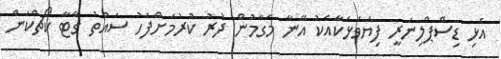
އެޅި ޑިސްޕްލިނަރީ ފިޔަވަޅަކާއެކު އޭނާ މަގާމުން ދުރު ކުރުމަށްފަހު ސައުތު ގޭޓާ ކޯޗްކަން